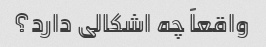
واقعاً چه اشکالی دارد؟